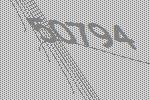
50794